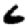
Digit: 6